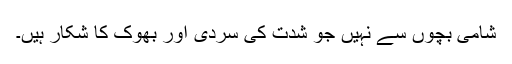
شامی بچوں سے نہیں جو شدت کی سردی اور بھوک کا شکار ہیں۔